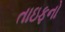
તાઇફનો